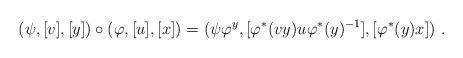
LaTeX: \begin{align*}(\psi,[v],[y])\circ(\varphi,[u],[x])= (\psi\varphi^y, [\varphi^\ast(vy)u\varphi^\ast(y)^{-1}],[\varphi^\ast(y)x])\ .\end{align*}